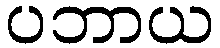
ပဘာယ